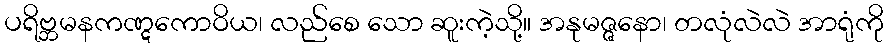
ပရိဗ္ဘမနကဏ္ဋကောဝိယ၊ လည်စေ သော ဆူးကဲ့သို့။ အနုမဇ္ဇနော၊ တလုံလဲလဲ အာရုံကို